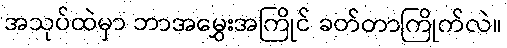
အသုပ်ထဲမှာ ဘာအမွှေးအကြိုင် ခတ်တာကြိုက်လဲ။